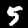
Digit: 5